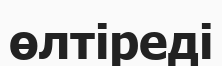
өлтіреді